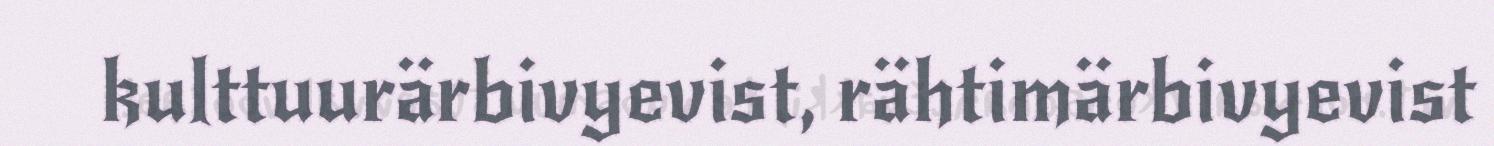
kulttuurärbivyevist, rähtimärbivyevist